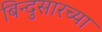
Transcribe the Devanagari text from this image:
बिन्दुसारच्या